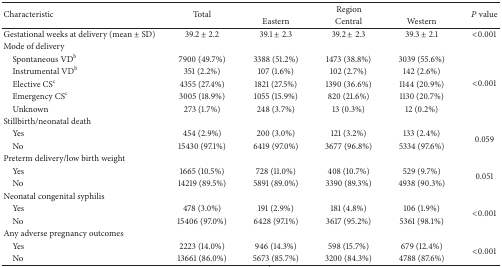
<table><thead><tr><td rowspan="2"><b>Characteristic </b></td><td rowspan="2"><b>Total</b></td><td colspan="3"><b>Region</b></td><td rowspan="2"><b><i>P</i> value</b></td></tr><tr><td><b>Eastern</b></td><td><b>Central </b></td><td><b>Western</b></td></tr></thead><tbody><tr><td>Gestational weeks at delivery (mean ± SD)</td><td>39.2 ± 2.2</td><td>39.1 ± 2.3</td><td>39.2 ± 2.3</td><td>39.3 ± 2.1</td><td>&lt;0.001</td></tr><tr><td>Mode of delivery</td><td> </td><td> </td><td> </td><td> </td><td> </td></tr><tr><td> Spontaneous VD<sup>b</sup></td><td>7900 (49.7%)</td><td>3388 (51.2%)</td><td>1473 (38.8%)</td><td>3039 (55.6%)</td><td rowspan="5">&lt;0.001</td></tr><tr><td> Instrumental VD<sup>b</sup></td><td>351 (2.2%)</td><td>107 (1.6%)</td><td>102 (2.7%)</td><td>142 (2.6%)</td></tr><tr><td> Elective CS<sup>c</sup></td><td>4355 (27.4%)</td><td>1821 (27.5%)</td><td>1390 (36.6%)</td><td>1144 (20.9%)</td></tr><tr><td> Emergency CS<sup>c</sup></td><td>3005 (18.9%)</td><td>1055 (15.9%)</td><td>820 (21.6%)</td><td>1130 (20.7%)</td></tr><tr><td> Unknown</td><td>273 (1.7%)</td><td>248 (3.7%)</td><td>13 (0.3%)</td><td>12 (0.2%)</td></tr><tr><td>Stillbirth/neonatal death</td><td> </td><td> </td><td> </td><td> </td><td> </td></tr><tr><td> Yes</td><td>454 (2.9%)</td><td>200 (3.0%)</td><td>121 (3.2%)</td><td>133 (2.4%)</td><td rowspan="2">0.059</td></tr><tr><td> No</td><td>15430 (97.1%)</td><td>6419 (97.0%)</td><td>3677 (96.8%)</td><td>5334 (97.6%)</td></tr><tr><td>Preterm delivery/low birth weight</td><td> </td><td> </td><td> </td><td> </td><td> </td></tr><tr><td> Yes</td><td>1665 (10.5%)</td><td>728 (11.0%)</td><td>408 (10.7%)</td><td>529 (9.7%)</td><td rowspan="2">0.051</td></tr><tr><td> No</td><td>14219 (89.5%)</td><td>5891 (89.0%)</td><td>3390 (89.3%)</td><td>4938 (90.3%)</td></tr><tr><td>Neonatal congenital syphilis</td><td> </td><td> </td><td> </td><td> </td><td> </td></tr><tr><td> Yes</td><td>478 (3.0%)</td><td>191 (2.9%)</td><td>181 (4.8%)</td><td>106 (1.9%)</td><td rowspan="2">&lt;0.001</td></tr><tr><td> No</td><td>15406 (97.0%)</td><td>6428 (97.1%)</td><td>3617 (95.2%)</td><td>5361 (98.1%)</td></tr><tr><td>Any adverse pregnancy outcomes</td><td> </td><td> </td><td> </td><td> </td><td> </td></tr><tr><td> Yes</td><td>2223 (14.0%)</td><td>946 (14.3%)</td><td>598 (15.7%)</td><td>679 (12.4%)</td><td rowspan="2">&lt;0.001</td></tr><tr><td> No</td><td>13661 (86.0%)</td><td>5673 (85.7%)</td><td>3200 (84.3%)</td><td>4788 (87.6%)</td></tr></tbody></table>